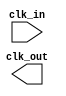
module clock_generation (
    input wire clk_in,
    output wire clk_out
);
    // Clock generation logic here
endmodule